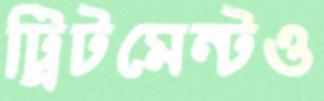
ট্রিটমেন্টও